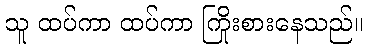
သူ ထပ်ကာ ထပ်ကာ ကြိုးစားနေသည်။